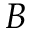
B